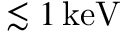
\lesssim 1 \, \mathrm { k e V }